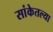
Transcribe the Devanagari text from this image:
सांकेतल्या